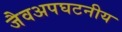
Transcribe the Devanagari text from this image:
जैवअपघटनीय